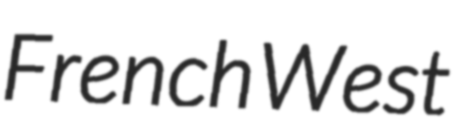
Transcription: French West